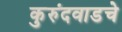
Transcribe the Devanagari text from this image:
कुरुंदवाडचे